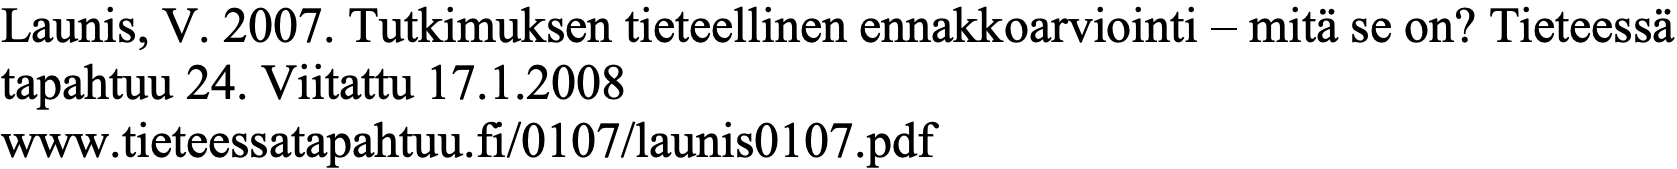
Launis, V. 2007. Tutkimuksen tieteellinen ennakkoarviointi – mitä se on? Tieteessä tapahtuu 24. Viitattu 17.1.2008 www.tieteessatapahtuu.fi/0107/launis0107.pdf